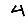
Digit: 4